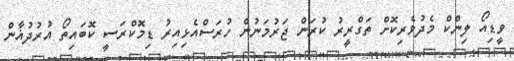
ވީޑިއޯ ލިންކް މެދުވެރިކޮށް ތަގްރީރު ކުރަން ޖަރުމަނުން ހުރަސްއެޅިއިރު ޑިމޮކްރަސީ ކޮބައިތޯ އުރުދުޣާން